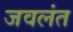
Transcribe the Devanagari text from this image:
जवलंत